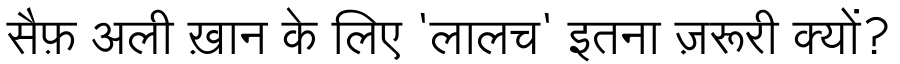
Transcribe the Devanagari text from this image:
सैफ़ अली ख़ान के लिए 'लालच' इतना ज़रूरी क्यों?